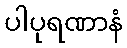
ပါပုရဏာနံ